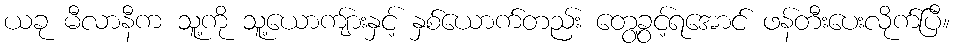
ယခု မီလာနီက သူ့ကို သူ့ယောကျ်ားနှင့် နှစ်ယောက်တည်း တွေ့ခွင့်ရအောင် ဖန်တီးပေးလိုက်ပြီ။